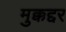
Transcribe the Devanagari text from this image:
मुक्कद्दर